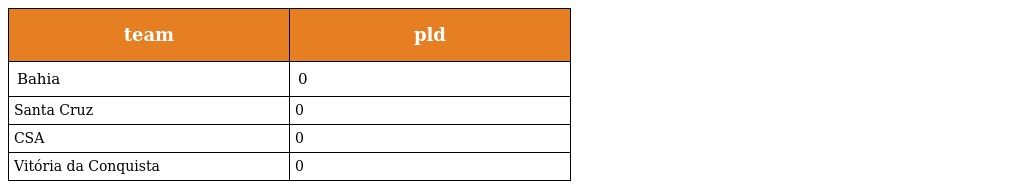
| team | pld |
 | --- | --- |
 | Bahia | 0 |
 | Santa Cruz | 0 |
 | CSA | 0 |
 | Vitória da Conquista | 0 |